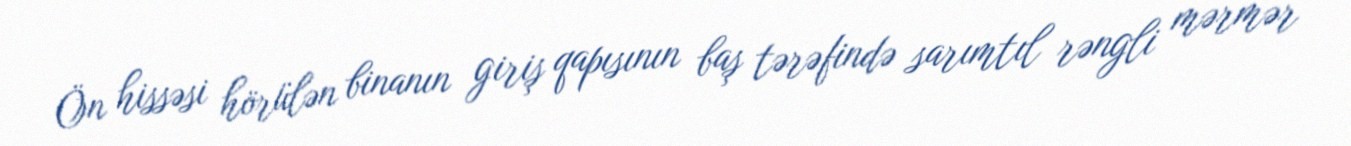
Ön hissəsi hörülən binanın giriş qapısının baş tərəfində sarımtıl rəngli mərmər